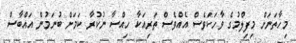
މިހާތަނަށް މިފިލްމުގެ ވާހަކަވެސް އެއްވެސް ތަރިއަކާ ހިއްސާ ނުކުރާ ކަމަށް ބުނަމުން އައްބާސް